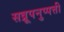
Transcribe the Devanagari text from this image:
सव्रूपनुप्पत्ती